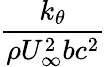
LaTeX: \frac{k_{\theta}}{\rho U_{\infty}^{2}bc^{2}}